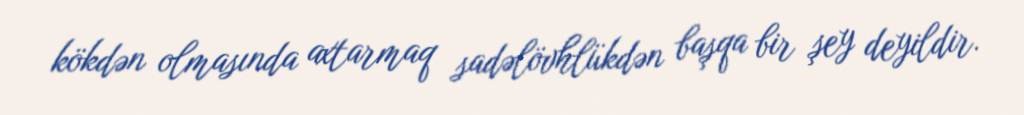
kökdən olmasında axtarmaq sadəlövhlükdən başqa bir şey deyildir.